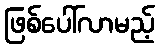
ဖြစ်ပေါ်လာမည့်